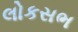
લોકસભ